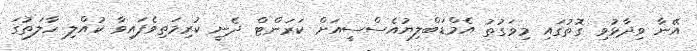
އޭނާ ވިދާޅުވި ގޮތުގައި މިވަގުތު އެމްޑަބްލިޔުއެސްސީއަށް ކަރަންޓް ދެނީ ކުރިމަތިވެފައިވާ ކުއްލި ހާލަތުގަ